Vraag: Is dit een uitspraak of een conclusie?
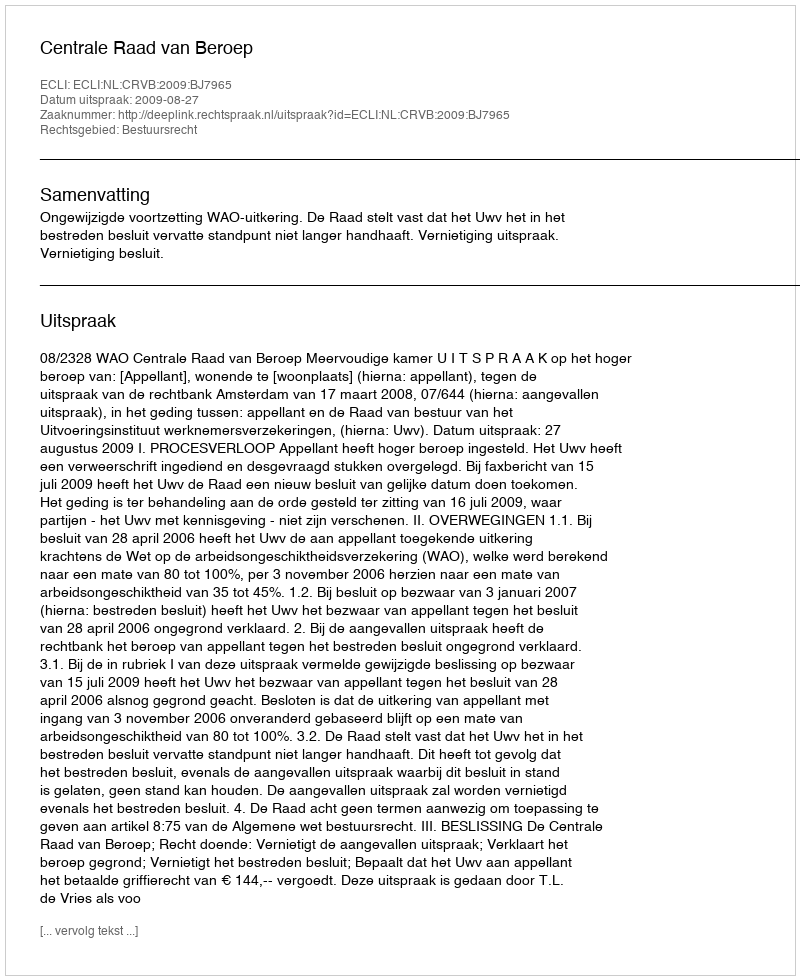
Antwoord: Uitspraak